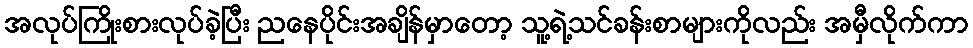
အလုပ်ကြိုးစားလုပ်ခဲ့ပြီး ညနေပိုင်းအချိန်မှာတော့ သူ့ရဲ့သင်ခန်းစာများကိုလည်း အမှီလိုက်ကာ